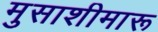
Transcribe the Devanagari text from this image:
मुसाशीमारू